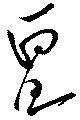
畺